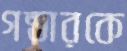
গন্ডারকে